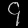
Digit: ၄